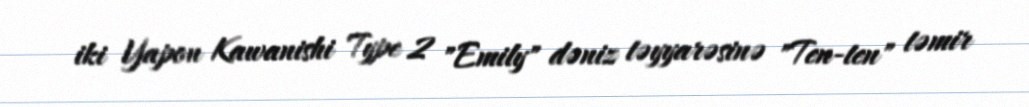
iki Yapon Kawanishi Type 2 "Emily" dəniz təyyarəsinə "Ten-ten" təmir